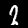
Digit: 2